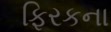
ફિરકના